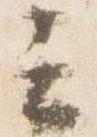
云